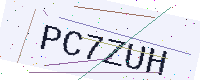
Text: PC7ZUH